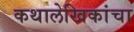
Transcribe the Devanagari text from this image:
कथालेखिकांचा